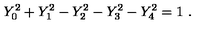
Y _ { 0 } ^ { 2 } + Y _ { 1 } ^ { 2 } - Y _ { 2 } ^ { 2 } - Y _ { 3 } ^ { 2 } - Y _ { 4 } ^ { 2 } = 1 \ .